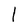
Character: l